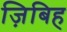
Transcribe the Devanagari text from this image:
ज़िबिह